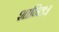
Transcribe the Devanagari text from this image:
शान्तिः।